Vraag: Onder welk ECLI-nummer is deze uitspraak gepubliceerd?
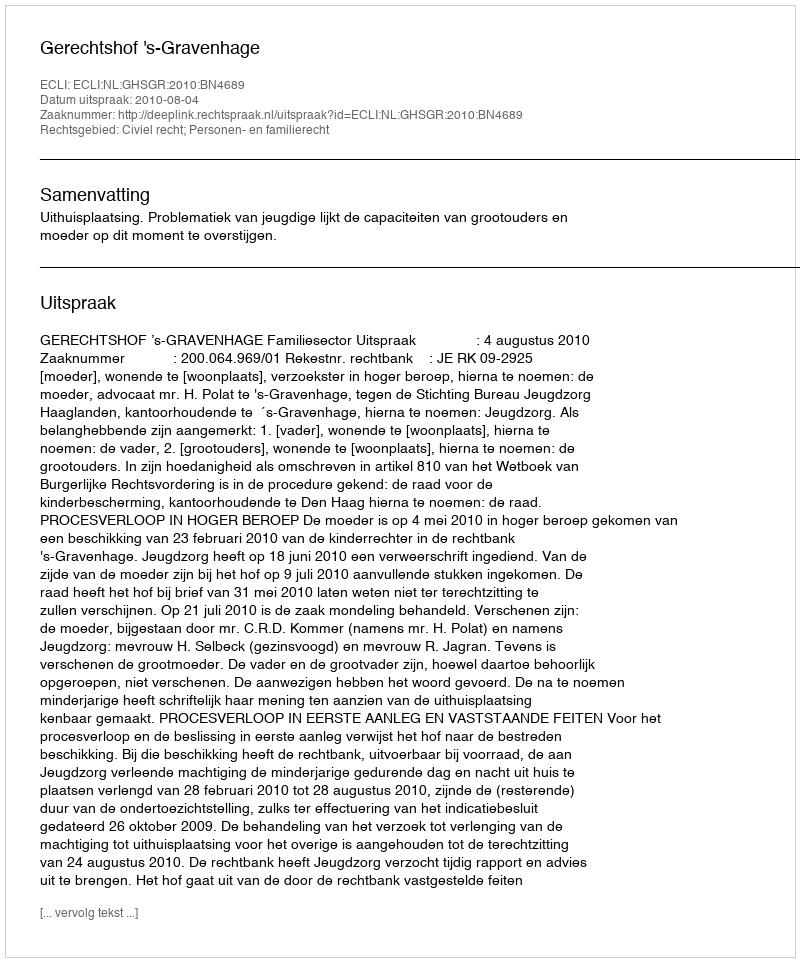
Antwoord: ECLI:NL:GHSGR:2010:BN4689